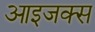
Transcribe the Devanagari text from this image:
आइजक्स